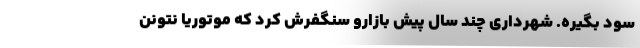
سود بگیره. شهرداری چند سال پیش بازارو سنگفرش کرد که موتوریا نتونن